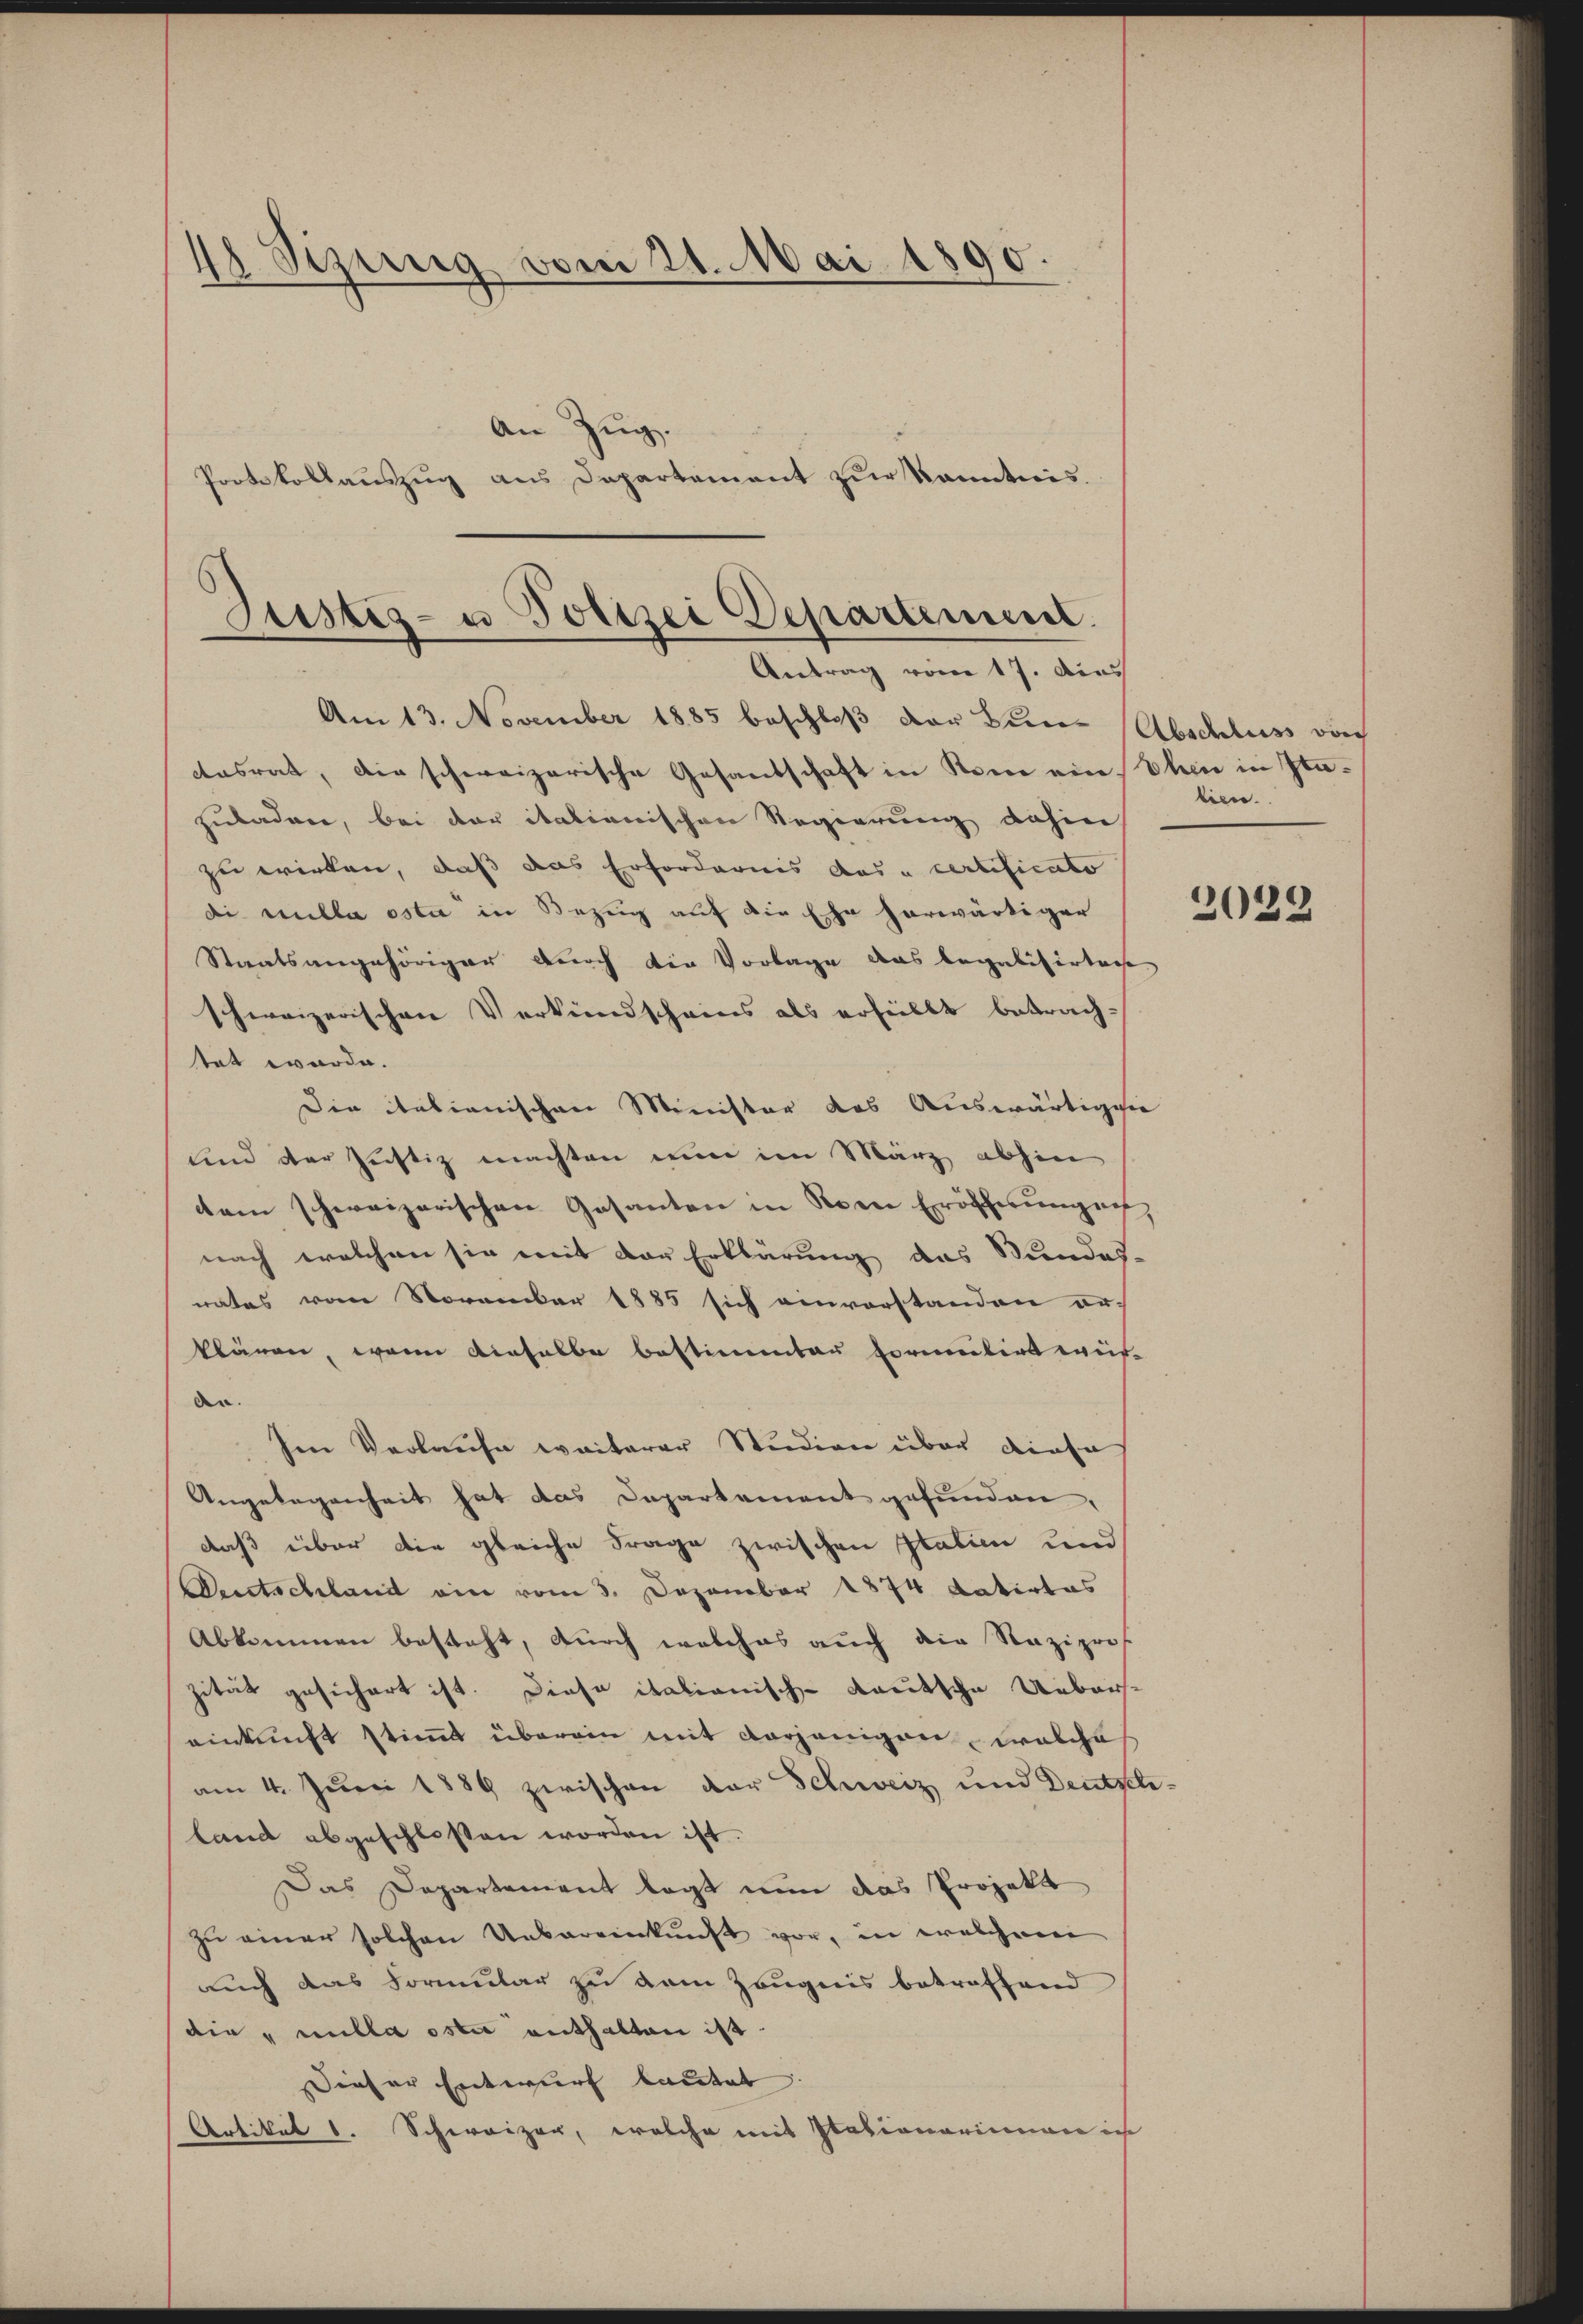
18 Sizung vom 21. Mai 1890.
—
An Zŭg.
Protokollauszug aus Departement zur kanntnis.

Justiz- u Polizei Departement.
Antrag vom 17. Aus

Am 13. November 1885 beschloß der Bun-Abschluss durch
casrat, die schweizerische Gesandschaft in Rom ein Ehen in Itazuladen, bei der italienischen Regierung dahin
zu wirken, daß das Erfordernis das „certificato
di sulla osta in Bezug auf die Ehe herwärtiger
Staatsangehöriger durch die Vorlage das legalisirtere
schweizerischen Verkundscheins als erhellt betrach-
tet wurde.
Die italianischen Minister das Auswärtigen
und der Justiz machten nun im März abhin
dem schweizerischen Gesanten in Kren Eröffesungens
nach welchen sie mit der Erklärung das Bundes-
rates vom November 1885 sich einvorstanden er-
klären, wenn dieselbe bestimmten formitirt weit-
an.
Im Verlaufe weiterer Studien über diese
Angelegenheit hat das Departement gefunden,
daß über die gleiche Frage zwischen Italien und
Deutschland ein vom 3. Dezember 1874 datirtes
Abkommen besteht, durch welches auch die Naziprof.
zität gesichert ist. Diese italionisch-deutsche Ueberseinkunft stimmt überein mit vorjenigen welche
am 4. Juni 1889 zwischen der Schweiz und Deutsch
land abgeschlossen worden ist.
Das Departement legt nun das Projekt
zu einer solchen Uebereinkunft vor, in welchem
auch das Formular zu dem Zeugnis betreffend
die nulla oster enthalten ist.
Dieser Entwurf lautet:
Artikel 1. Schweizer, welche mit Stationariinen in

lien.

2029

1